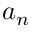
a _ { n }